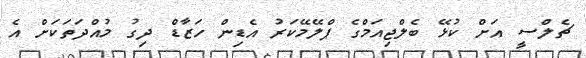
ޗެލްސީ އަށް ކުޅޭ ބެލްޖިއަމްގެ ޕްލޭމޭކަރު އެޑިން ހަޒާޑް ދިގު މުއްދަތަކަށް އެ